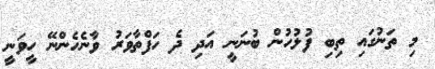
މި ތަނުގައި ތިބި ފުލުހުން ބުނަނީ އަދި ދެ ހަފްތާވަރު ވާނެހެންނޭ ހީވަނީ